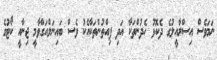
ނަމަވެސް އިސްރާއީލުގެ ދެކޮޅު ހެދުންތަކާ އަދި ފިއްތުންތަކާއެކު ވެސް ބައިނަލްއަގްވާމީ ޖިނާއީ ކޯޓުގެ